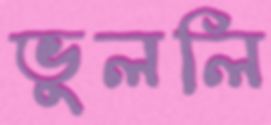
ভুললি